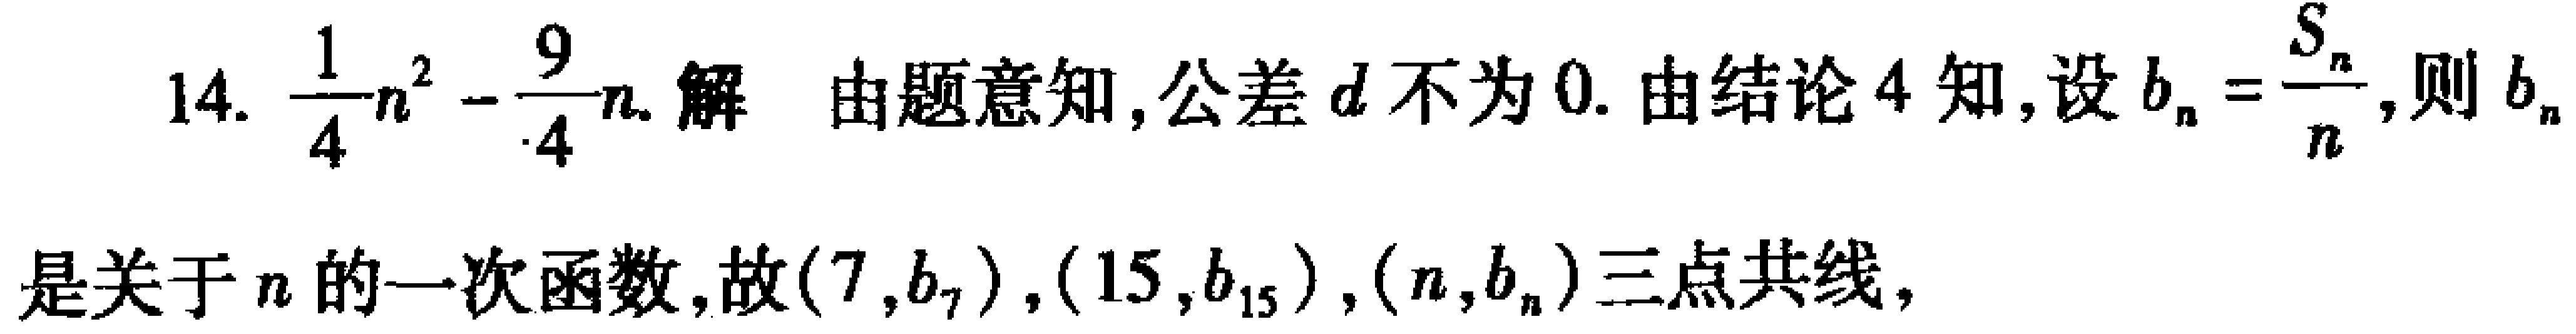
14. $\frac{1}{4}n^{2}-\frac{9}{4}n$. 解 由题意知, 公差$d$不为$0$. 由结论4知, 设$b_{n}=\frac{S_{n}}{n}$, 则$b_{n}$是关于$n$的一次函数, 故$(7,b_{7}),(15,b_{15}),(n,b_{n})$三点共线,